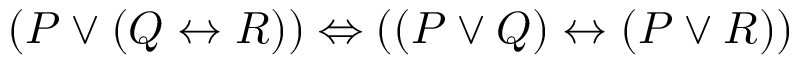
( P \lor ( Q \leftrightarrow R ) ) \Leftrightarrow ( ( P \lor Q ) \leftrightarrow ( P \lor R ) )